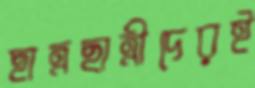
ছাত্রছাত্রীদেরই